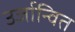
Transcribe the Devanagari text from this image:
उर्जान्वित